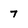
Character: 7